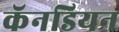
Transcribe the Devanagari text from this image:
कॅनडियन